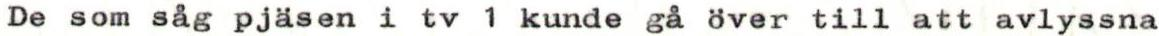
De som såg pjäsen i tv 1 kunde gå över till att avlyssna